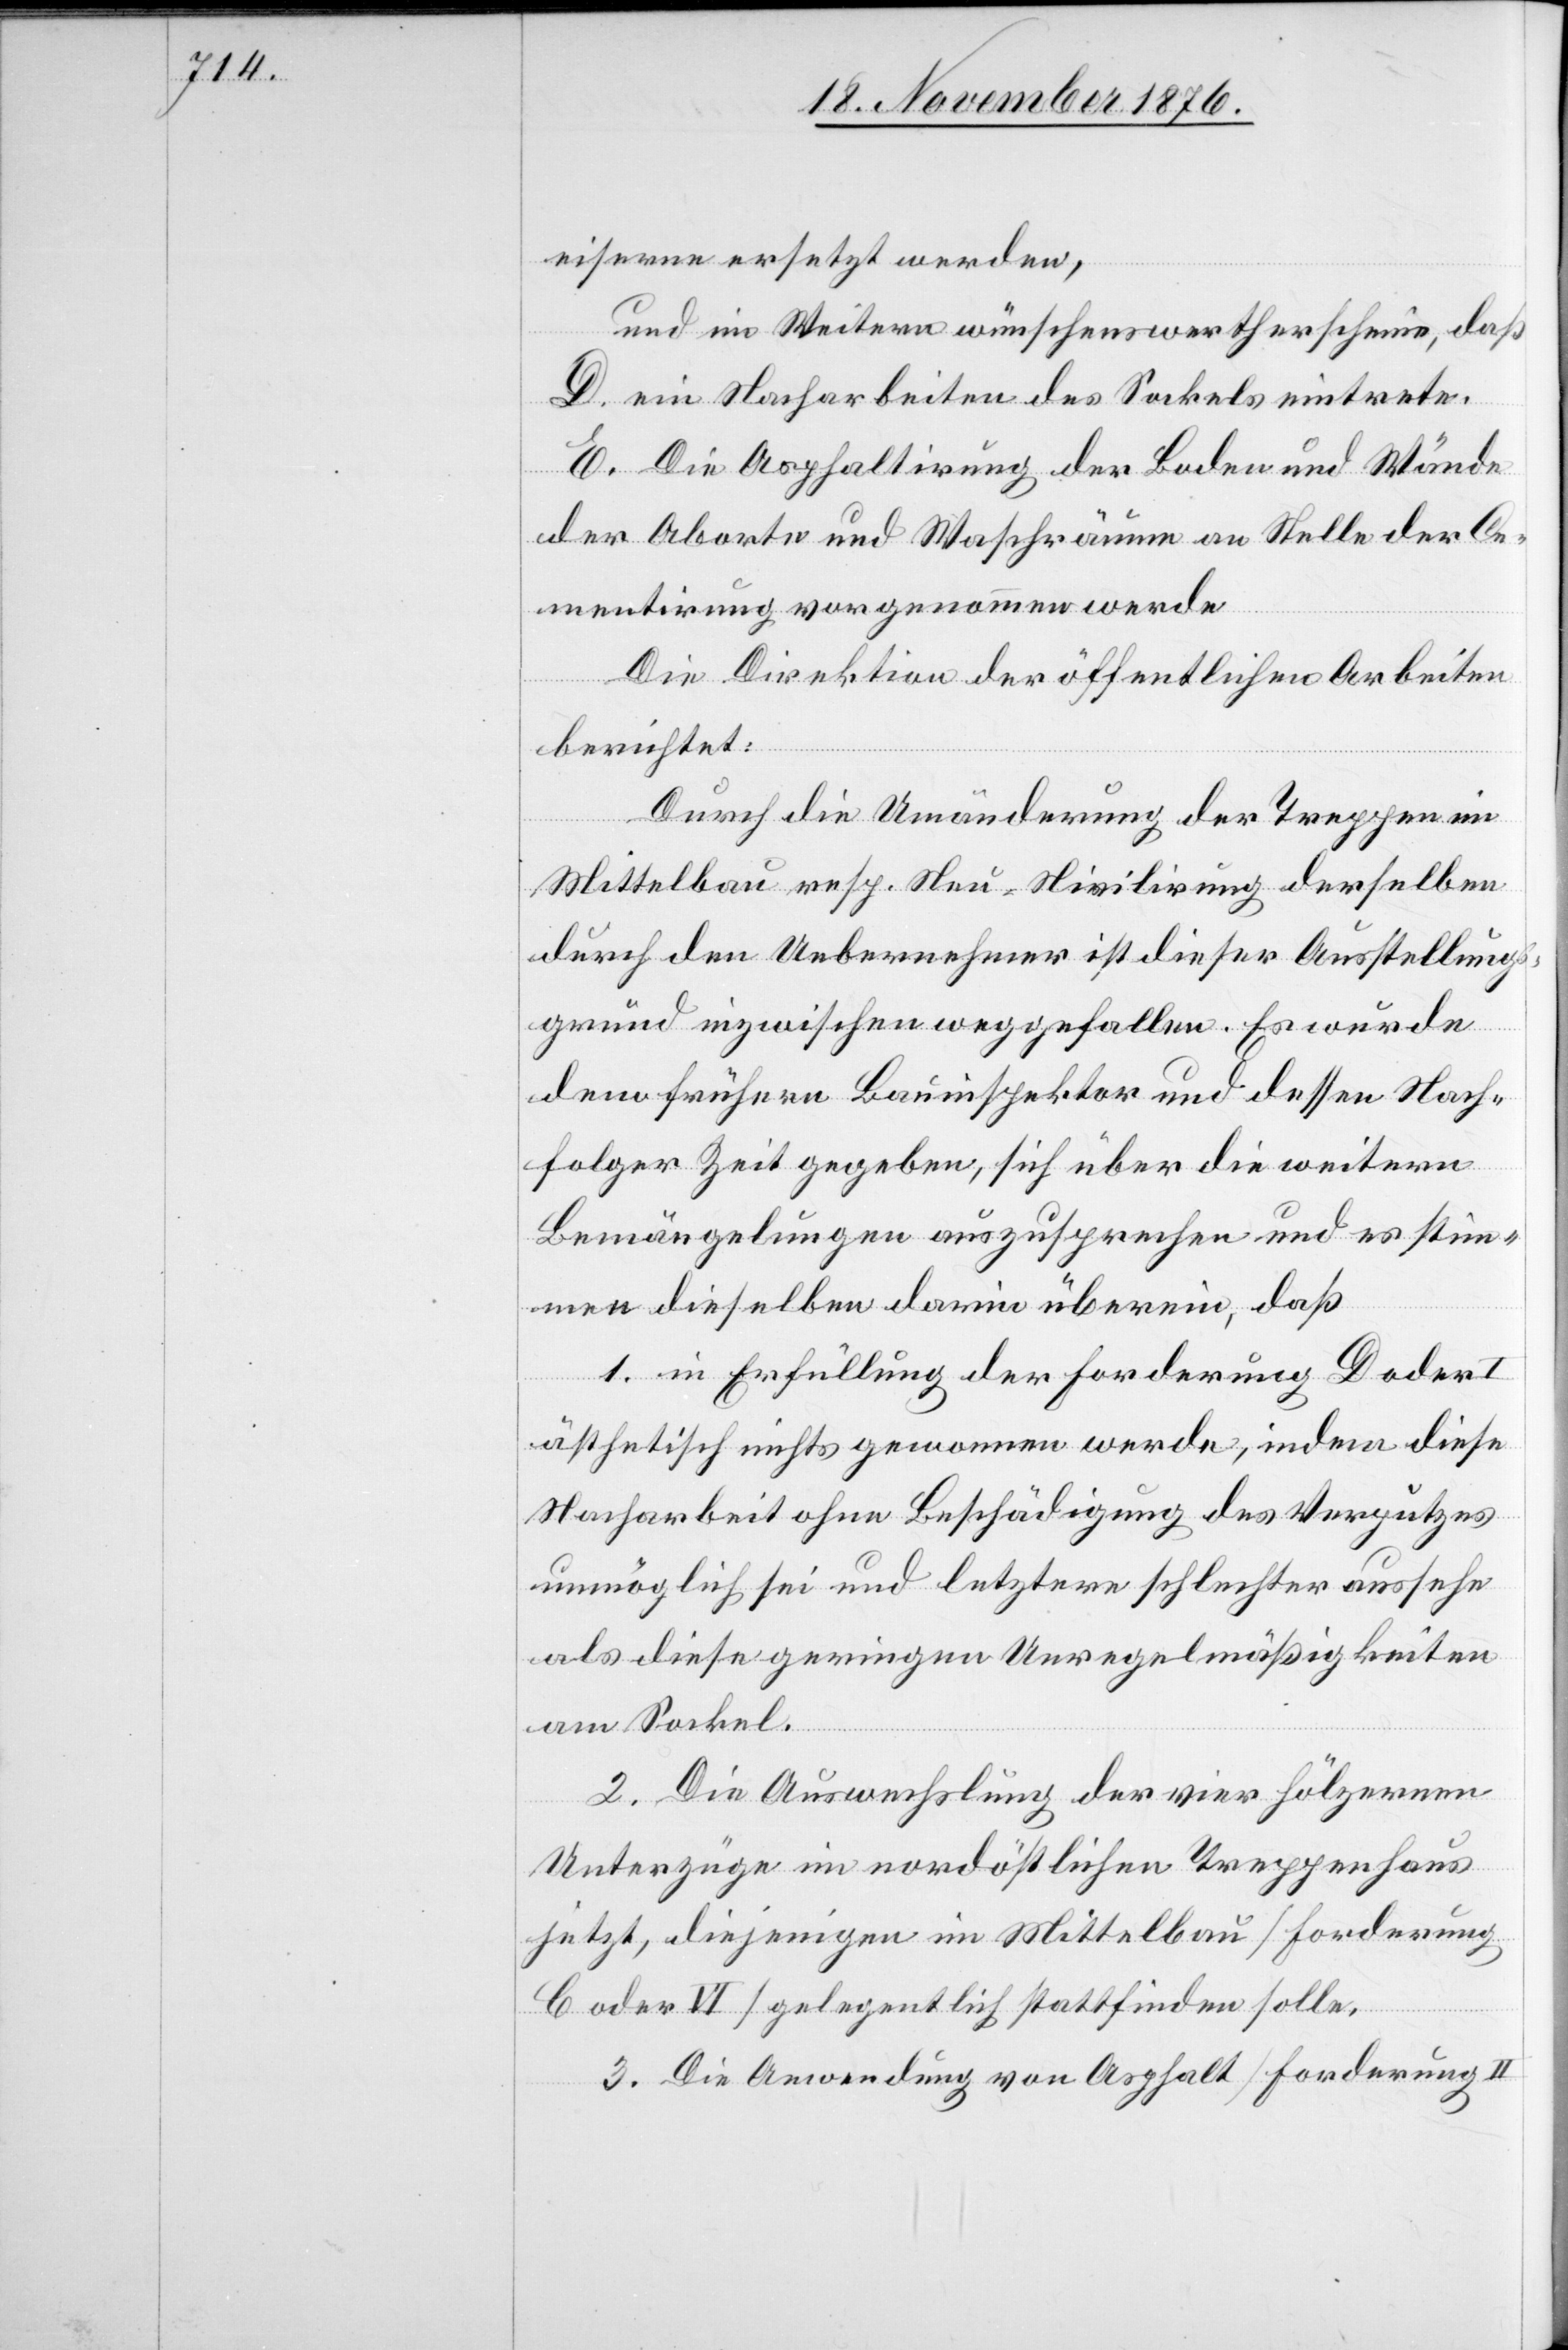
eiserne ersetzt werden,
und im Weitern wünschenswerth erscheine, daß
D. ein Nacharbeiten des Sockels eintrete.
E. Die Asphaltirung der Boden und Wände
der Aborte und Waschräume anstelle der Ce¬
mentirung vorgenommen werde[.]
Die Direktion der öffentlichen Arbeiten
berichtet:
Durch die Umänderung der Treppen im
Mittelbau resp. Neu-Nivilirung [sic!] derselben
durch den Uebernehmer ist dieser Ausstellungs¬
grund inzwischen weggefallen. Es wurde
dem frühern Bauinspektor und dessen Nach¬
folger Zeit gegeben, sich über die weitern
Bemängelungen auszusprechen und es stim¬
men dieselben darin überein, daß
1. In Erfüllung der Forderung D oder I
ästhetisch nichts genommen werde, indem diese
Nacharbeit ohne Beschädigung des Verputzes
unmöglich sei und letztere schlechter aussehe
als diese geringen Unregelmäßigkeiten.
2. Die Auswechslung der vier hölzernen
Unterzüge im nordöstlichen Treppenhaus
jetzt, diejenigen im Mittelbau [Forderung
C oder VI] gelegentlich stattfinden solle.
3. Die Anwendung von Asphalt [Forderung